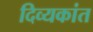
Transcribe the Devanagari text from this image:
दिव्यकांत